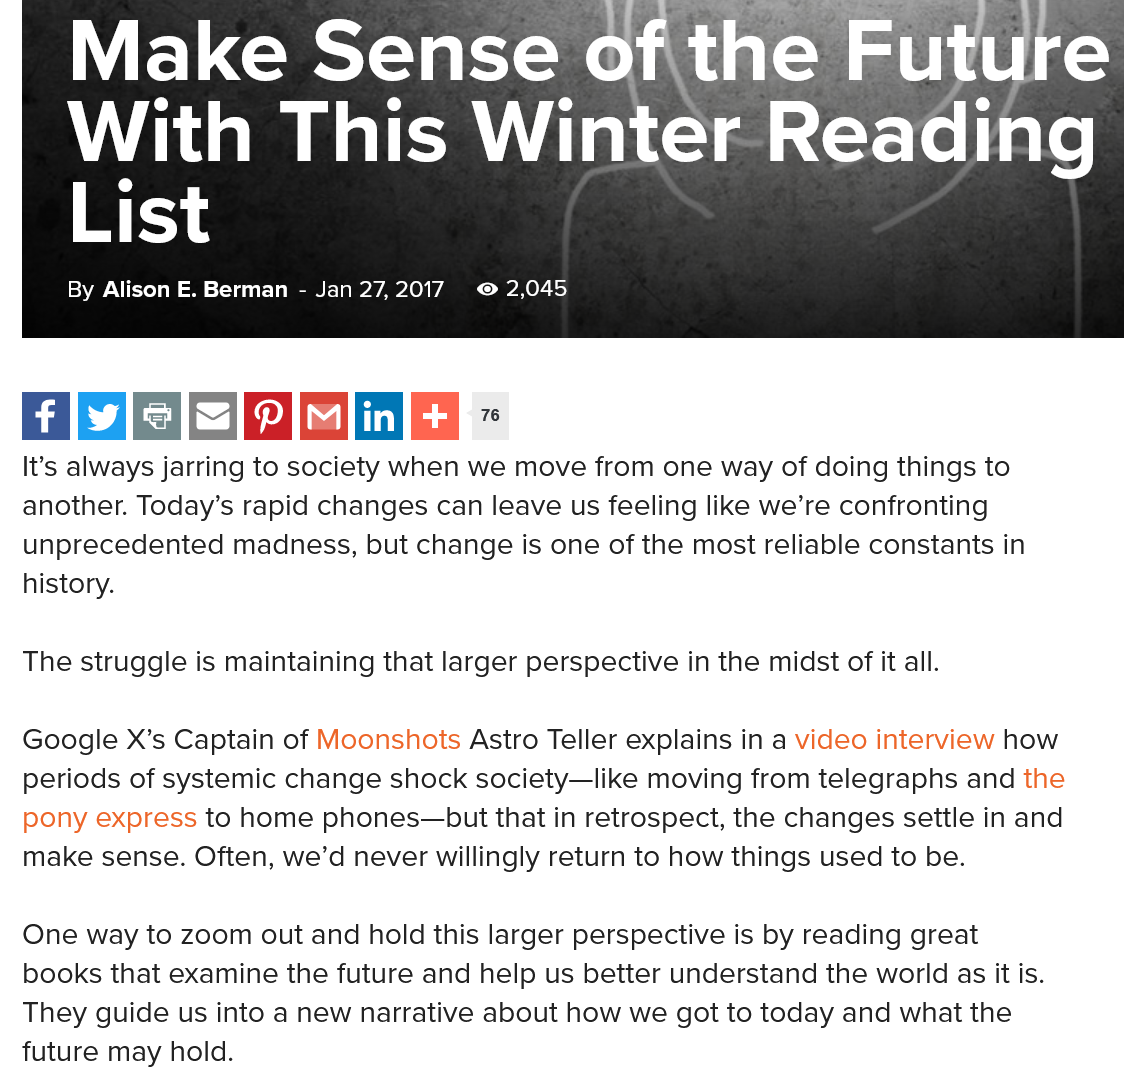
Make    Sense    of    the    Future
     With    This    Winter    Reading
     ET
     7  © 2,045
     Make    Sense    of    the    Future
     With    This
     ie    2    eprini
     Ss
     Vi OW AOL ts)
  ra)
  It’s always jarring to society when we move from one way of doing things to
  another. Today’s rapid changes can leave us feeling like we’re confronting
  unprecedented madness, but change is one of the most reliable constants in
  history.
  The struggle is maintaining that larger perspective in the midst of it all.
  Google X’s Captain of Moonshots Astro Teller explains in a video interview how
  periods of systemic change shock society—like moving from telegraphs and the
  pony express to home phones—but that in retrospect, the changes settle in and
  make sense. Often, we’d never willingly return to how things used to be.
  One way to zoom out and hold this larger perspective is by reading great
  books that examine the future and help us better understand the world as it is.
  They guide us into a new narrative about how we got to today and what the
  future may hold.